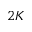
2 K